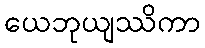
ယေဘုယျဿိကာ